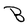
Character: B